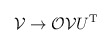
\begin{align*}{\cal{V}} \rightarrow {\cal{O}} {\cal{V}} U^{\rm T}\end{align*}